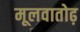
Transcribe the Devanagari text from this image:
मूलवातोढ़